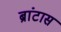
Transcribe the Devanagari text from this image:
ब्रांटास